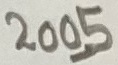
Text: 2005